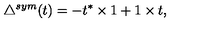
\triangle ^ { s y m } ( t ) = - t ^ { * } \times 1 + 1 \times t ,